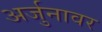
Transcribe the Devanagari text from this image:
अर्जुनावर